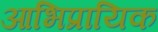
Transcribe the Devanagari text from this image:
आभिप्रायिक